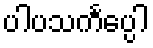
ပါပသင်္ကပ္ပေါ